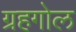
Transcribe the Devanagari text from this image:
ग्रहगोल